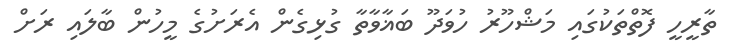
ތާރީހީ ފޮތްތަކުގައި މަޝްހޫރު ހުވަދޫ ބަޣާވާތާ ގުޅިގެން އެރަށުގެ މީހުން ބާލައި ރަށް